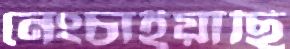
নেংচাইয়াছি